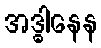
အဒ္ဓါနေန